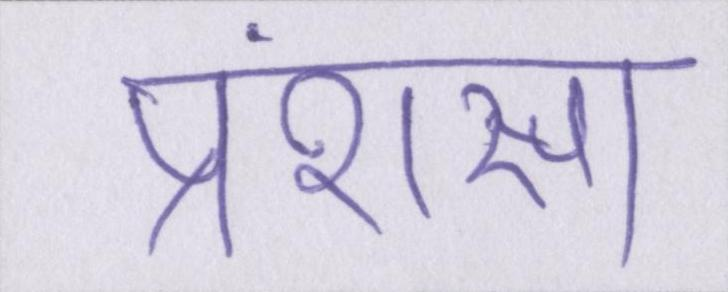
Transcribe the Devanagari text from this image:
प्रंशसा